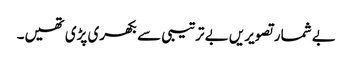
بے شمار تصویریں بے ترتیبی سے بکھری پڑی تھیں۔